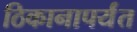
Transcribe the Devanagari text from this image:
ठिकानापर्यंत